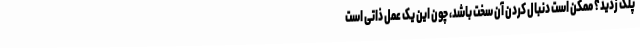
پلک زدید؟ ممکن است دنبال کردن آن سخت باشد، چون این یک عمل ذاتی است